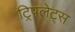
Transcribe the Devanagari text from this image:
ट्रिपलेट्स